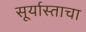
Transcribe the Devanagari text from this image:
सूर्यास्ताचा